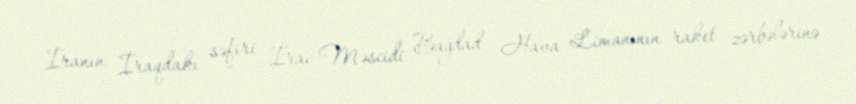
İranın İraqdakı səfiri İrac Məscidi Bağdad Hava Limanının raket zərbələrinə